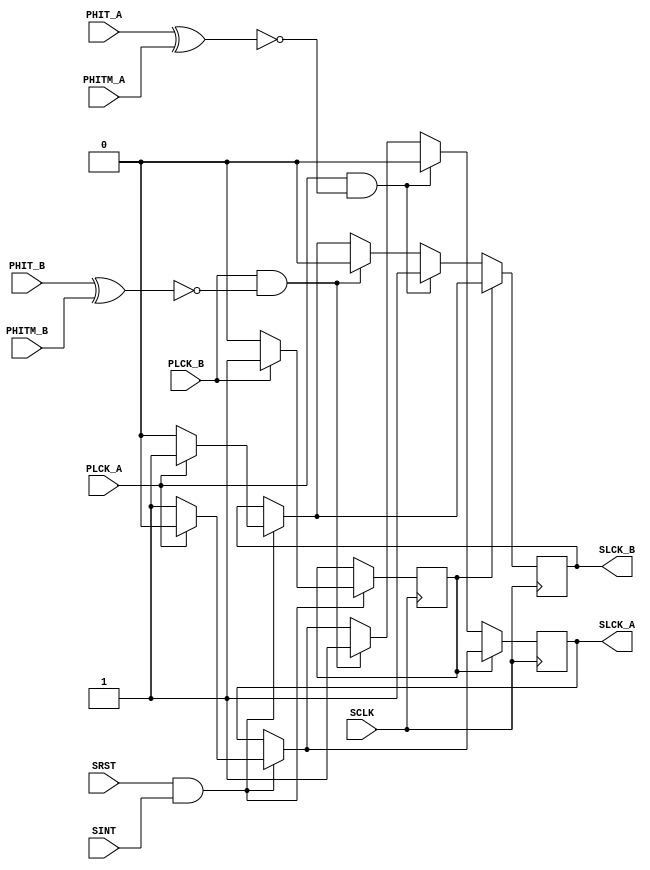

module SYSTEM(SRST, SCLK, SINT, PHIT_A, PHIT_B, PHITM_A, PHITM_B, PLCK_A, PLCK_B, SLCK_A, SLCK_B);
input SRST;
input SCLK;
input SINT;
input PHIT_A;
input PHITM_A;
input PHIT_B;
input PHITM_B;
input PLCK_A;
input PLCK_B;
output reg SLCK_A;
output reg SLCK_B;
reg reinicio;

always @(posedge SCLK) begin
        if(SRST && SINT) begin
                SLCK_A <= 0;
                SLCK_B <= 1;
                reinicio <= 1;
                if(~PLCK_A) begin
                   SLCK_A <=  1;
                   SLCK_B <=  0;   
                end
                if(~PLCK_B) begin
                        reinicio <= 0;   
                end
            end
    if(~reinicio)begin       
        if(PLCK_A && ~(PHIT_A ^ PHITM_A) ) begin // si A pide el control y hay un hit modified o hitmiss, entonces es prioritario 
                                            // dar el control a A y quitrselo a B, para que actualice 
            SLCK_A <= 0;
            SLCK_B <= 1;
        end
      else if(PLCK_B && ~(PHIT_B ^ PHITM_B))begin
            SLCK_A <= 1;
            SLCK_B <= 0;
        end
    end  
end
endmodule